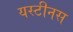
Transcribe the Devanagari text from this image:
यस्टीनस